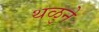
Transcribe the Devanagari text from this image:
थळुने